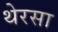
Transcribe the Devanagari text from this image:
थेरसा